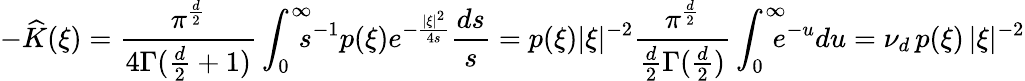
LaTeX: -\widehat K(\xi)=\frac{\pi^{\frac d2}}{4\Gamma(\frac d2+1)}\int_{0}^{\infty}\! \! \! \! s^{-1}p(\xi)e^{-\frac{|\xi|^{2}}{4s}}\frac{ds}{s}=p(\xi)|\xi|^{-2}\frac{\pi^{\frac d2}}{\frac d2\Gamma(\frac d2)}\int_{0}^{\infty}\! \! \! \! e^{-u}du=\nu_{d}\, p(\xi)\, |\xi|^{-2}